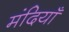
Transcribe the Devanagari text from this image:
मंदियाँ